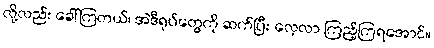
လို့လည်း ခေါ်ကြတယ်၊ အဲဒီရုပ်တွေကို ဆက်ပြီး လေ့လာ ကြည့်ကြရအောင်။